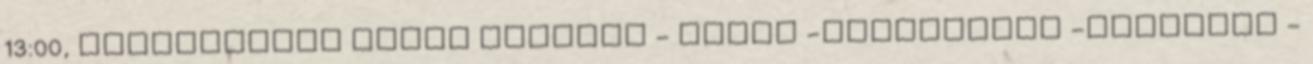
13:00, TÁJÉKOZTATÓ ANYAG MOZDULJ - EGYÉL -TÁJÉKOZÓDJ -GYÓGYULJ -